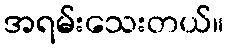
အရမ်းသေးတယ်။